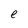
Character: e